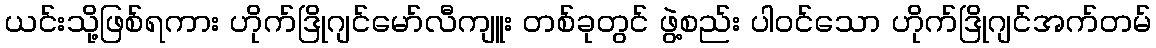
ယင်းသို့ဖြစ်ရကား ဟိုက်ဒြိုဂျင်မော်လီကျူး တစ်ခုတွင် ဖွဲ့စည်း ပါဝင်သော ဟိုက်ဒြိုဂျင်အက်တမ်